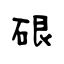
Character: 硍